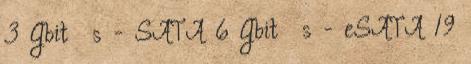
3 Gbit s - SATA 6 Gbit s - eSATA 19